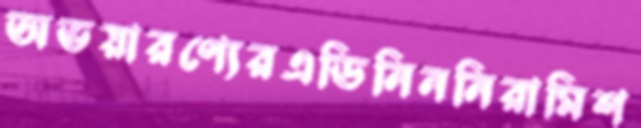
অভয়ারণ্যেরএডিনিননিরামিশ